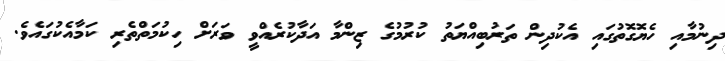
ދިނުމާއި ހެޔޮގޮތުގައި އެކުދިން ތަރުބިއްޔަތު ކުރުމުގެ ޒިންމާ އަދާކުރެއްވީ ވަރަށް ހިކުމަތްތެރި ކަމާއެކުގައެވެ.